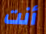
أنت